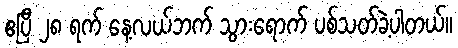
ဧပြီ ၂၈ ရက် နေ့လယ်ဘက် သွားရောက် ပစ်သတ်ခဲ့ပါတယ်။